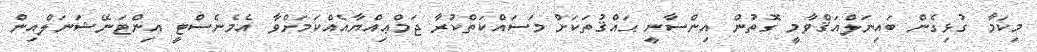
މިކަމާ ގުޅިގެން ބައިނަލްއަޤްވާމީ ގޮތުން އިންސާނީ ޙައްޤުތަކަށް މަސައްކަތްކުރާ ޖަމްޢިއްޔާއެއްކަމަށްވާ އެމެނެސްޓީ އިންޓަނޭޝަނަލްއިން